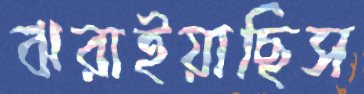
ঝরাইয়াছিস